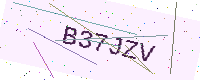
Text: B37JZV